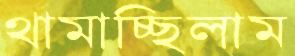
থামাচ্ছিলাম